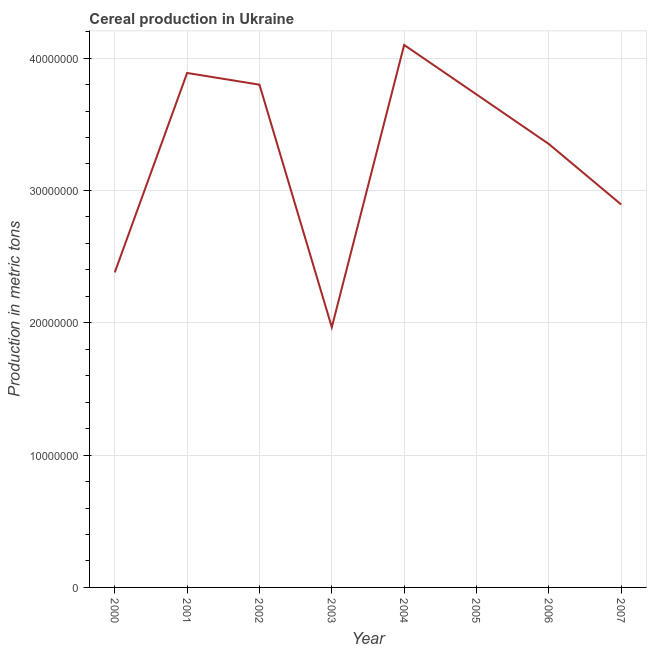
| Year | Cereal production |
 | --- | --- |
 | 2000 | 2.38e+07 |
 | 2001 | 3.89e+07 |
 | 2002 | 3.8e+07 |
 | 2003 | 1.97e+07 |
 | 2004 | 4.1e+07 |
 | 2005 | 3.73e+07 |
 | 2006 | 3.35e+07 |
 | 2007 | 2.89e+07 |